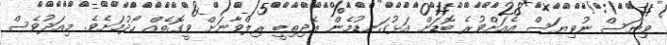
ވިޔަސް ނުވިޔަސް އެއަށްވުރެ ބޮޑަށް އަޅުގަނޑުމެން އެދިތިބީ ރިލްވާނަށް ވީގޮތެއް ހޯދުމަށެވެ. މިއަދުވެސް